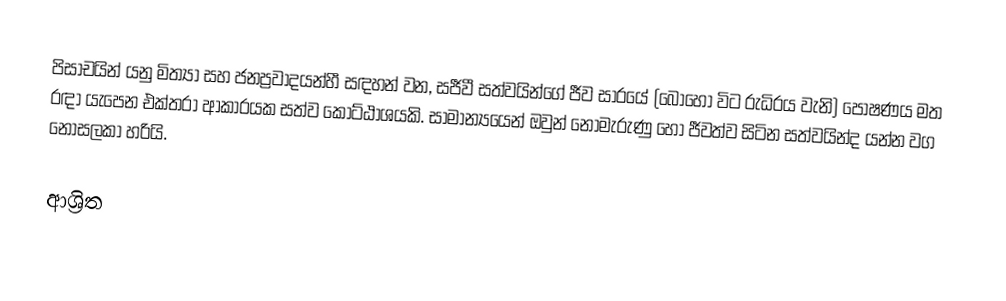
පිසාචයින් යනු මිත්‍යා සහ ජනප්‍රවාදයන්හී සඳහන් වන, සජීවී සත්වයින්ගේ ජීව සාරයේ (බොහෝ විට රුධිරය වැනි) පෝෂණය මත රඳා යැපෙන එක්තරා ආකාරයක සත්ව කොට්ඨාශයකි. සාමාන්‍යයෙන් ඔවුන් නොමැරුණු හෝ ජීවත්ව සිටින සත්වයින්ද යන්න වග නොසලකා හරියි.

ආශ්‍රිත